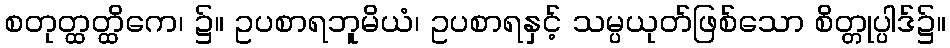
စတုတ္ထတ္ထိကေ၊ ၌။ ဥပစာရဘူမိယံ၊ ဥပစာရနှင့် သမ္ပယုတ်ဖြစ်သော စိတ္တုပ္ပါဒ်၌။